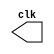
// ------------------------- 
// Exemplo0041 - F4 
// Nome: Rayan Darwin
// ------------------------- 

// ---------------------------
// -- test clock generator (1)
// ---------------------------
module clock ( clk );
output clk;
reg clk;
initial
begin
clk = 1'b0;
end
always
begin
#12 clk = ~clk;
end
endmodule // clock ( )
module Exemplo0041;
wire clk;
clock CLK1 ( clk );
initial begin
$dumpfile ( "Exemplo041.vcd" );
$dumpvars;
#120 $finish;
end
endmodule // Exemplo041 ( )